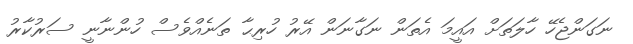
ނަގަންޖެހޭ ހާލަތަށް އައީމަ އެތަން ނަގާނަން އޭރު ހުރިޙާ ތަނެއްވެސް ހުންނާނީ ސަރުކާރު